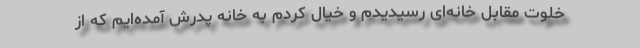
خلوت مقابل خانه‌ای رسیدیدم و خیال کردم به خانه پدرش آمده‌ایم که از